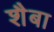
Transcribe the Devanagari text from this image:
शैबा